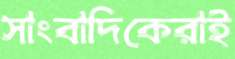
সাংবাদিকেরাই